Vaccination in Burma 1889-1999 - 1889-1999
Year: 1889
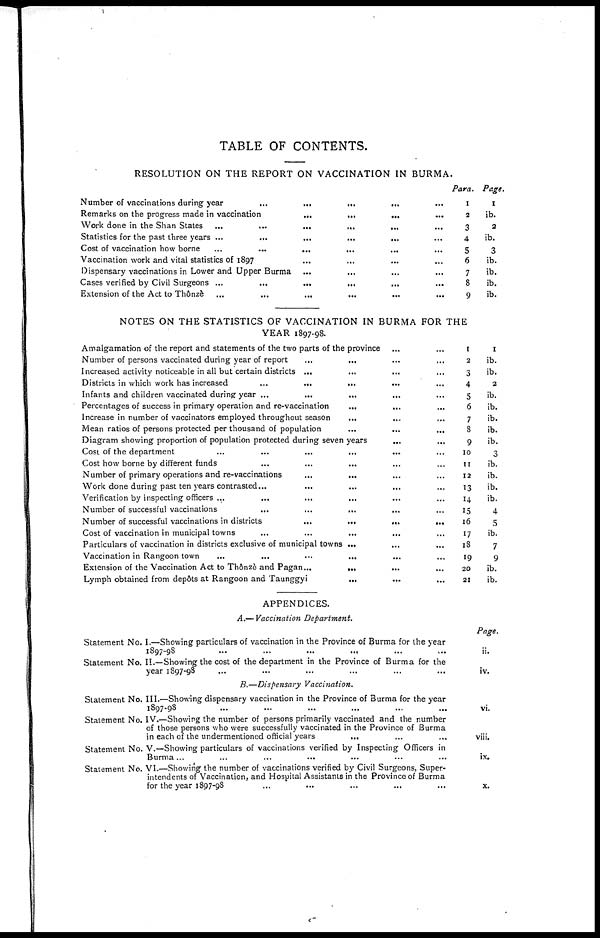
TABLE OF CONTENTS.
RESOLUTION ON THE REPORT ON VACCINATION IN BURMA.
Number of vaccinations during year ... ... ... ... ...
Remarks on the progress made in vaccination
...
...
...
...
Work done in the Shan States
...
...
...
...
...
...
Statistics for the past three years
...
...
...
...
...
...
Cost of vaccination how borne
...
...
...
...
...
...
Vaccination work and vital statistics of 1897 ... ... ... ...
Dispensary vaccinations in Lower and Upper Burma ... ... ... ...
Cases verified by Civil Surgeons
...
...
...
...
...
...
Extension of the Act to Thônzè
...
...
...
...
...
...
Para.
1
2
3
4
5
6
7
8
9
Page.
1
ib.
2
ib.
3
ib.
ib.
ib.
ib.
NOTES ON THE STATISTICS OF VACCINATION IN BURMA FOR THE
YEAR 1897-98.
Amalgamation of the report and statements of the two parts of the province ... ...
Number of persons vaccinated during year of report ... ... ... ...
Increased activity noticeable in all but certain districts
...
...
...
...
Districts in which work has increased
...
...
...
...
...
Infants and children vaccinated during year ... ... ... ... ...
Percentages of success in primary operation and re-vaccination ... ... ...
Increase in number of vaccinators employed throughout season ... ... ...
Mean ratios of persons protected per thousand of population
...
...
...
Diagram showing proportion of population protected during seven years ... ...
Cost of the department
...
...
...
...
...
...
Cost how borne by different funds
...
...
...
...
...
Number of primary operations and re-vaccinations ... ... ... ...
Work done during past ten years contrasted ... ... ... ... ...
Verification by inspecting officers ... ... ... ... ... ...
Number of successful vaccinations ... ... ... ... ... ...
Number of successful vaccinations in districts
...
...
...
...
Cost of vaccination in municipal towns ... ... ... ... ...
Particulars of vaccination in districts exclusive of municipal towns ... ... ...
Vaccination in Rangoon town
...
...
...
...
...
...
Extension of the Vaccination Act to Thônze and Pagan ... ... ... ...
Lymph obtained from depdts at Rangoon and Taunggyi ... ... ...
1
2
3
4
5
6
7
8
9
10
11
12
13
14
15
16
17
18
19
20
21
1
ib.
ib.
2
ib.
ib.
ib.
ib.
ib.
3
ib.
ib.
ib.
ib.
4
5
ib.
7
9
ib.
ib.
APPENDICES.
A.—Vaccination Department.
Statement No. I.—Showing particulars of vaccination in the Province of Burma for the year
1897-98 ... ... ... ... ... ...
Statement No. II.—Showing the cost of the department in the Province of Burma for the
year 1897-98 ... ... ... ... ...
Page.
ii.
iv.
B.—Dispensary Vaccination.
Statement No. III.—Showing dispensary vaccination in the Province of Burma for the year
1897-98 ... ... ... ... ... ...
Statement No. IV.—Showing the number of persons primarily vaccinated and the number
of those persons who were successfully vaccinated in the Province of Burma
in each of the undermentioned official years ... ... ...
Statement No. V.—Showing particulars of vaccinations verified by Inspecting Officers in
Burma ... ... ... ... ... ... ...
Statement No. VI.—Showing the number of vaccinations verified by Civil Surgeons, Super-
intendents of Vaccination, and Hospital Assistants in the Province of Burma
for the year 1897-98 ... ... ... ... ...
vi.
viii.
ix.
x.